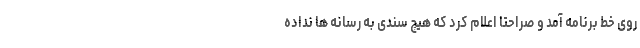
روی خط برنامه آمد و صراحتا اعلام کرد که هیچ سندی به رسانه ها نداده